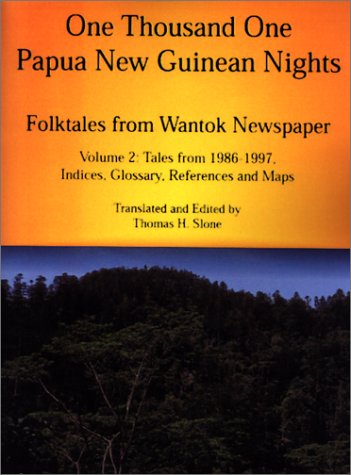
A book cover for One Thousand One Papua New Guinean Nights: Folktales from Wantok Newspaper. Volume 2: Tales from 1986-1997, Indices, Glossary, References and Maps (Papua New Guinea Folklore Series); Thomas H. Slone; Travel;